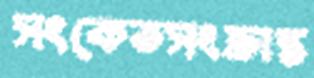
সংকেতসংক্রান্ত